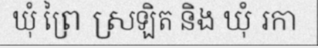
ឃុំ ព្រៃ ស្រឡិត និង ឃុំ រកា